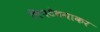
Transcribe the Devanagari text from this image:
चिपटेबनाकर